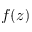
f ( z )